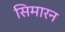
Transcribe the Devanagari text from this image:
सिमारन